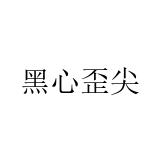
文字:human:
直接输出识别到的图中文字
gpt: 黑心歪尖